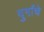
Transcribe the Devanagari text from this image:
दुर्गांचे